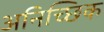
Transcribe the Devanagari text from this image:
अनिच्छिक